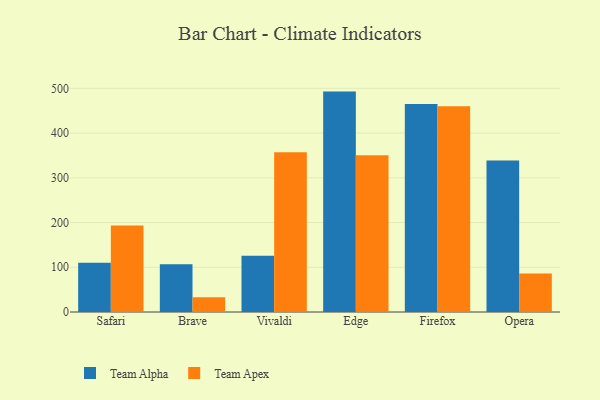
{"axis": {"x": "Browser", "y": "Backlog"}, "legend": ["Team Alpha", "Team Apex"], "data": [{"x": "Safari", "y": 110.2, "type": "Team Alpha"}, {"x": "Safari", "y": 193.6, "type": "Team Apex"}, {"x": "Brave", "y": 106.8, "type": "Team Alpha"}, {"x": "Brave", "y": 33.0, "type": "Team Apex"}, {"x": "Vivaldi", "y": 125.8, "type": "Team Alpha"}, {"x": "Vivaldi", "y": 356.9, "type": "Team Apex"}, {"x": "Edge", "y": 492.7, "type": "Team Alpha"}, {"x": "Edge", "y": 350.4, "type": "Team Apex"}, {"x": "Firefox", "y": 465.0, "type": "Team Alpha"}, {"x": "Firefox", "y": 459.7, "type": "Team Apex"}, {"x": "Opera", "y": 338.6, "type": "Team Alpha"}, {"x": "Opera", "y": 86.1, "type": "Team Apex"}]}